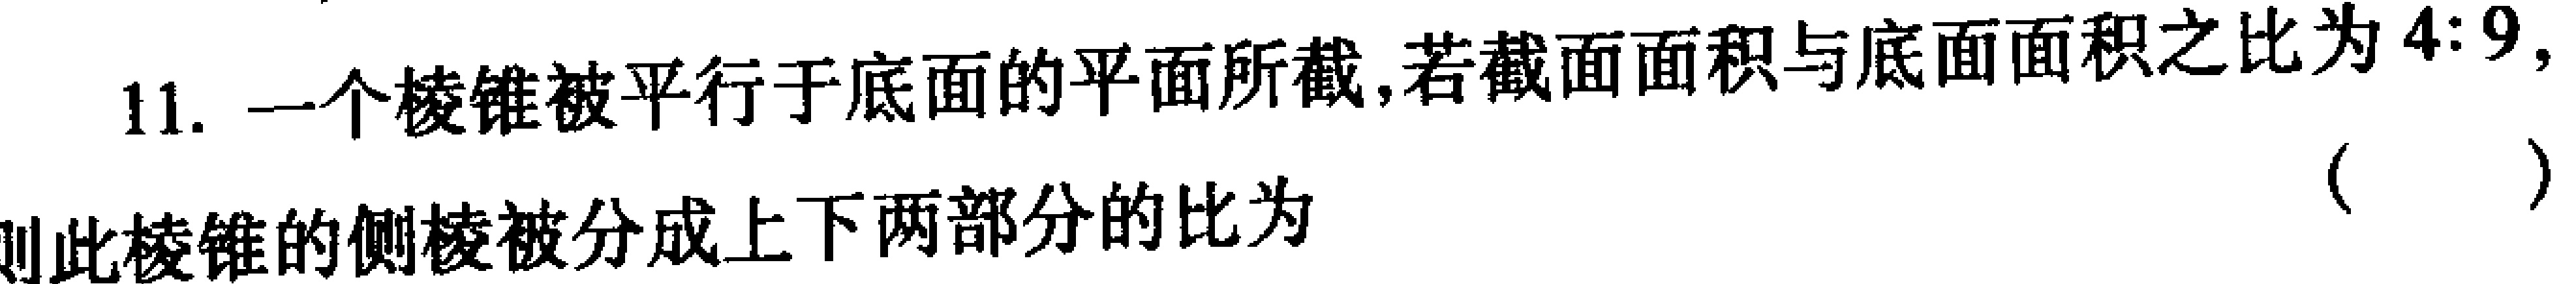
11. 一个棱锥被平行于底面的平面所截,若截面面积与底面面积之比为\(4:9\)，则此棱锥的侧棱被分成上下两部分的比为（  ）